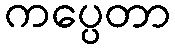
ကပ္ပေတာ